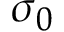
\sigma _ { 0 }